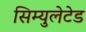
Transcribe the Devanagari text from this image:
सिम्युलेटेड